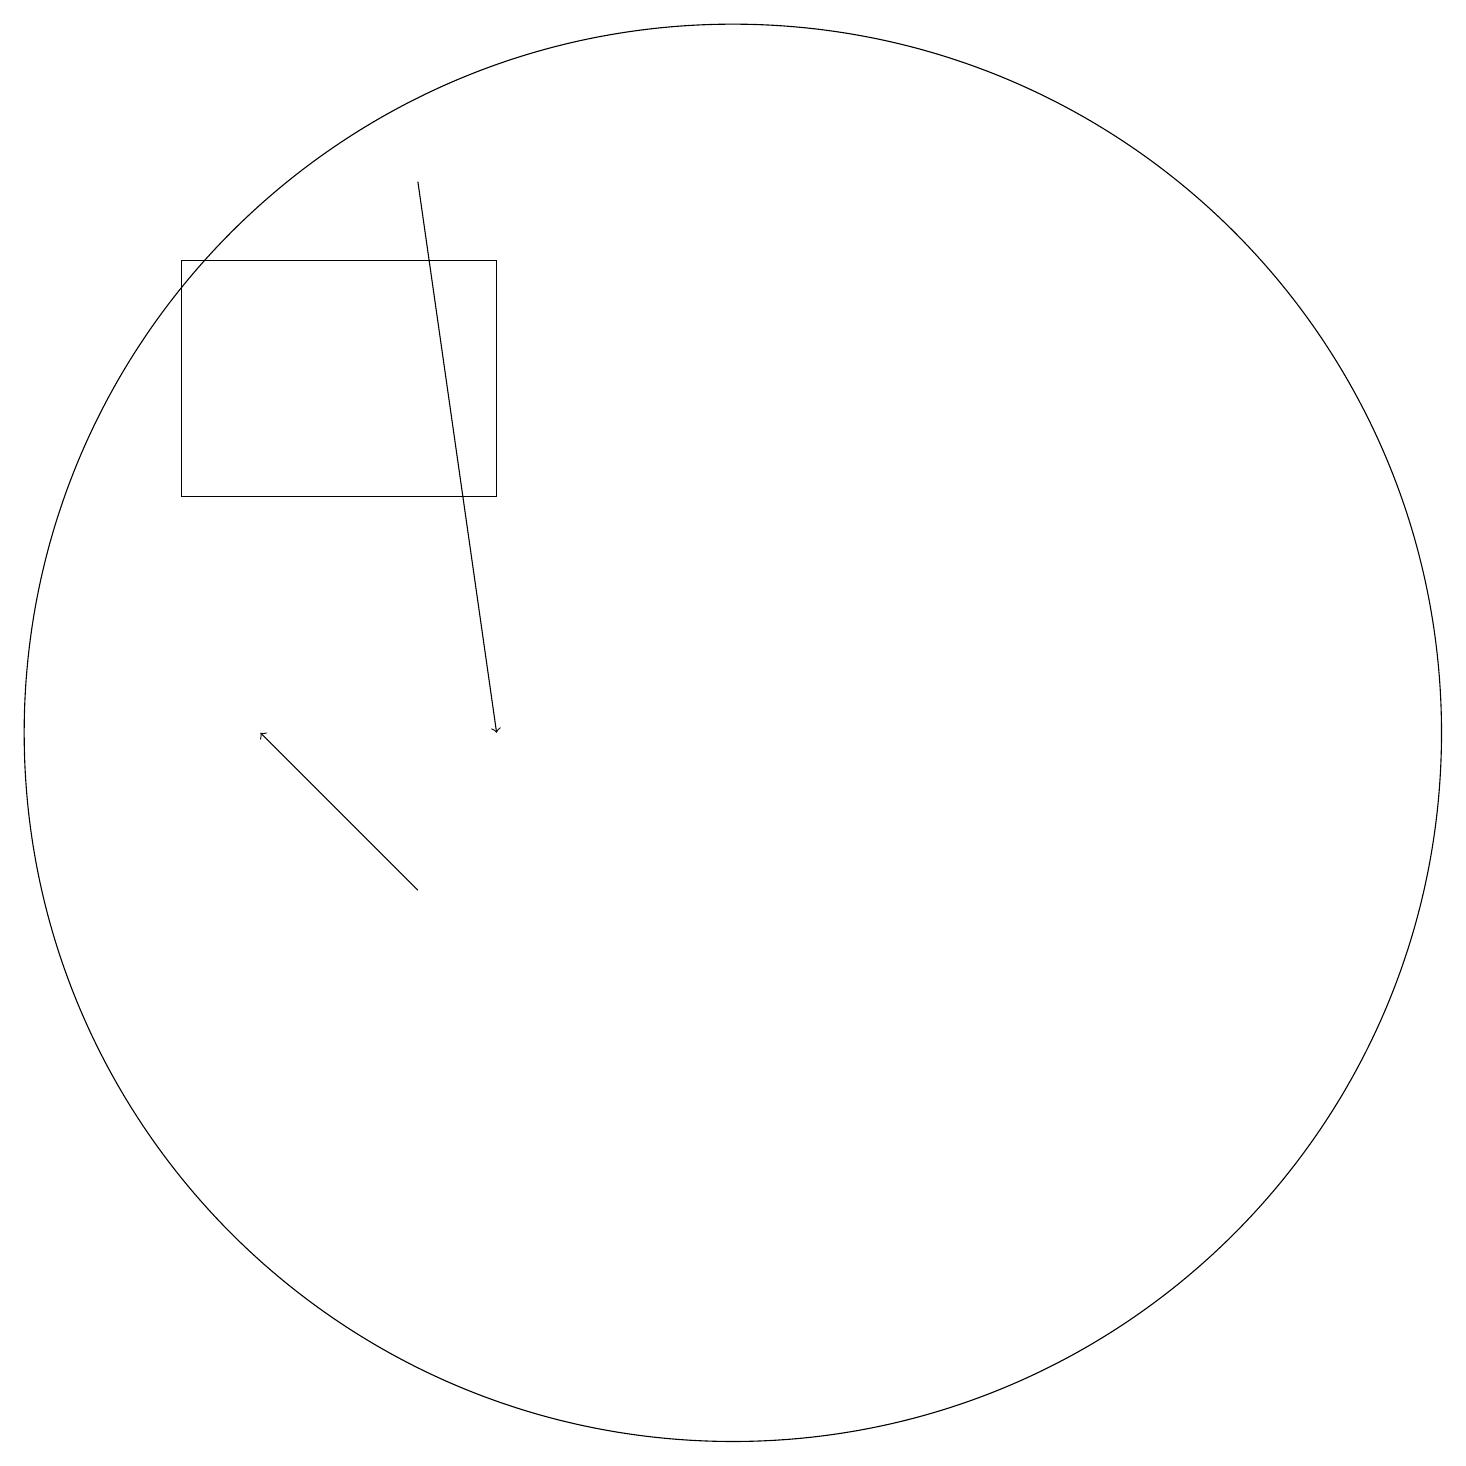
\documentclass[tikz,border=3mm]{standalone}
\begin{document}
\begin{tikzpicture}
\draw (12,12) circle (9);
\draw[->] (8,19) -- (9,12);
\draw (9,18) rectangle (5,15);
\draw[->] (8,10) -- (6,12);
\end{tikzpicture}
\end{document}